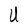
Character: U